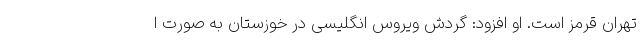
تهران قرمز است. او افزود: گردش ویروس انگلیسی در خوزستان به صورت ا